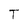
Character: T